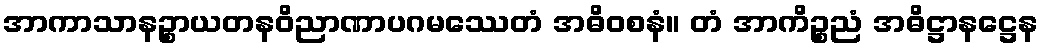
အာကာသာနဉ္စာယတနဝိညာဏာပဂမဿေတံ အဓိဝစနံ။ တံ အာကိဉ္စညံ အဓိဋ္ဌာနဋ္ဌေန